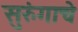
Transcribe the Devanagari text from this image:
सुरुंगाचे